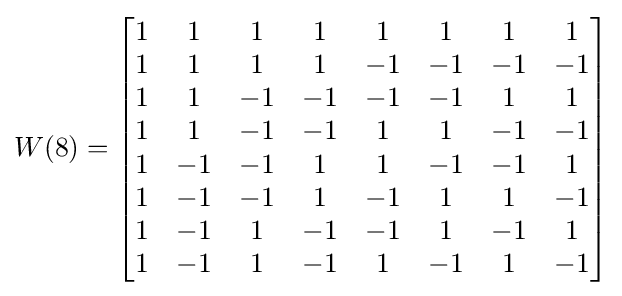
W(8)={\begin{bmatrix}1&1&1&1&1&1&1&1\\1&1&1&1&-1&-1&-1&-1\\1&1&-1&-1&-1&-1&1&1\\1&1&-1&-1&1&1&-1&-1\\1&-1&-1&1&1&-1&-1&1\\1&-1&-1&1&-1&1&1&-1\\1&-1&1&-1&-1&1&-1&1\\1&-1&1&-1&1&-1&1&-1\\\end{bmatrix}}